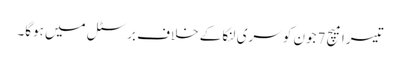
تیسرا میچ 7جون کو سری لنکا کے خلاف برسٹل میں ہوگا۔